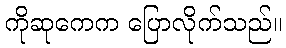
ကိုဆုကေက ပြောလိုက်သည်။